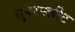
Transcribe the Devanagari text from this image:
सुपरफ्लीट